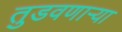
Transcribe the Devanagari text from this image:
तुडवणाऱ्या